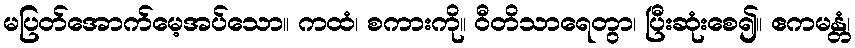
မပြတ်အောက်မေ့အပ်သော။ ကထံ၊ စကားကို။ ဝီတိသာရေတွာ၊ ပြီးဆုံးစေ၍။ ဧကမန္တံ၊